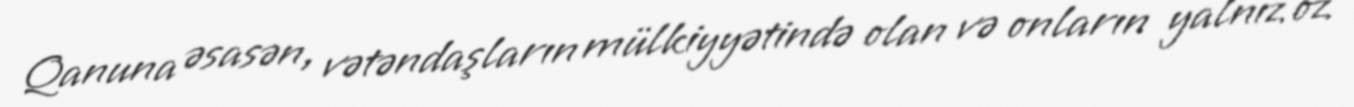
Qanuna əsasən, vətəndaşların mülkiyyətində olan və onların yalnız öz